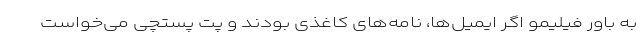
به باور فیلیمو اگر ایمیل‌ها، نامه‌های کاغذی بودند و پت پستچی می‌خواست